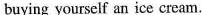
buying yourself an ice cream.